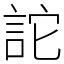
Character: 詑